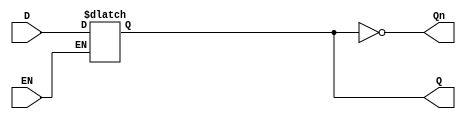
module LatchRegister (
    input wire D,      // Data Input
    input wire EN,     // Enable Signal
    output reg Q,      // Data Output
    output wire Qn     // Inverted Output
);

// Inverted Output
assign Qn = ~Q;

// Always block to implement the latch behavior
always @(*) begin
    if (EN) begin
        Q = D;        // Capture input when EN is high
    end
    // If EN is low, Q retains its previous state (implicitly handled)
end

endmodule